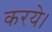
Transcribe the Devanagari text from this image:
करये।